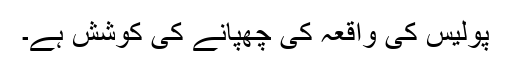
پولیس کی واقعہ کی چھپانے کی کوشش ہے۔